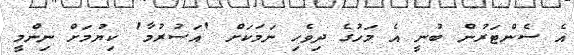
އެ ސެންޓަރުން ބުނީ އެ މަހުގެ ދިވެހި ނަމަކަށް 'އަސުރުމާ' ކިޔުމަށް ނިންމީ